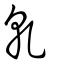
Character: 乹